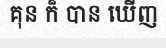
គុន ក៏ បាន ឃើញ